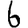
Digit: 6